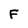
Character: F